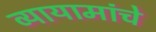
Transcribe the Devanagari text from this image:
व्यायामांचे